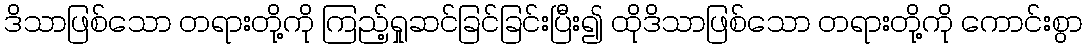
ဒိသာဖြစ်သော တရားတို့ကို ကြည့်ရှုဆင်ခြင်ခြင်းပြီး၍ ထိုဒိသာဖြစ်သော တရားတို့ကို ကောင်းစွာ